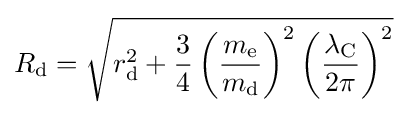
R_{\rm {d}}={\sqrt {r_{\rm {d}}^{2}+{\frac {3}{4}}\left({\frac {m_{\rm {e}}}{m_{\rm {d}}}}\right)^{2}\left({\frac {\lambda _{\rm {C}}}{2\pi }}\right)^{2}}}